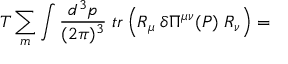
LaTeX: T \sum _ { m } \int \frac { d ^ { 3 } p } { ( 2 \pi ) ^ { 3 } } \; t r \left( R _ { \mu } \; \delta \Pi ^ { \mu \nu } ( P ) \; R _ { \nu } \right) =